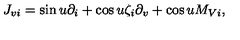
J _ { v i } = \sin u \partial _ { i } + \cos u \zeta _ { i } \partial _ { v } + \cos u M _ { V i } ,